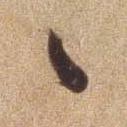
ゝ